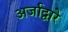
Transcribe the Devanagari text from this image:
अर्जाद्वारे